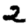
Digit: 2